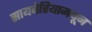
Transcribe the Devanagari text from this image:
सायबेरियामधून